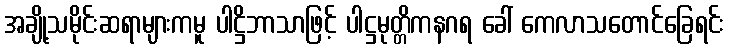
အချို့သမိုင်းဆရာများကမူ ပါဋ္ဌိဘာသာဖြင့် ပါဋ္ဌမုတ္တိကနဂရ ခေါ် ကေလာသတောင်ခြေရင်း